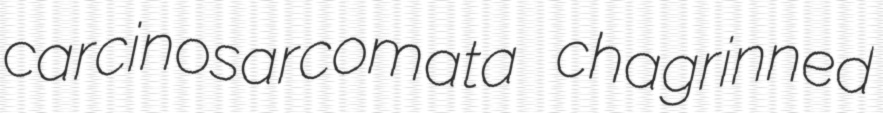
carcinosarcomata chagrinned